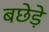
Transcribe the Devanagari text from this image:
बछेड़े